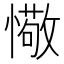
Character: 𢢩